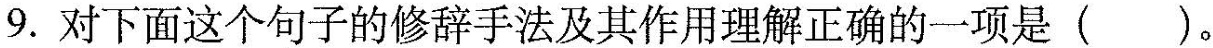
9.对下面这个句子的修辞手法及其作用理解正确的一项是 ( )。